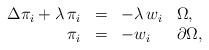
LaTeX: \begin{align*}\begin{array}{rlll}\Delta \pi_i+\lambda\,\pi_i&=&-\lambda\,w_i&\Omega,\\\pi_i&=&-w_i&\partial\Omega,\end{array}\end{align*}